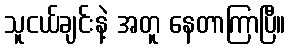
သူငယ်ချင်းနဲ့ အတူ နေတာကြာပြီ။